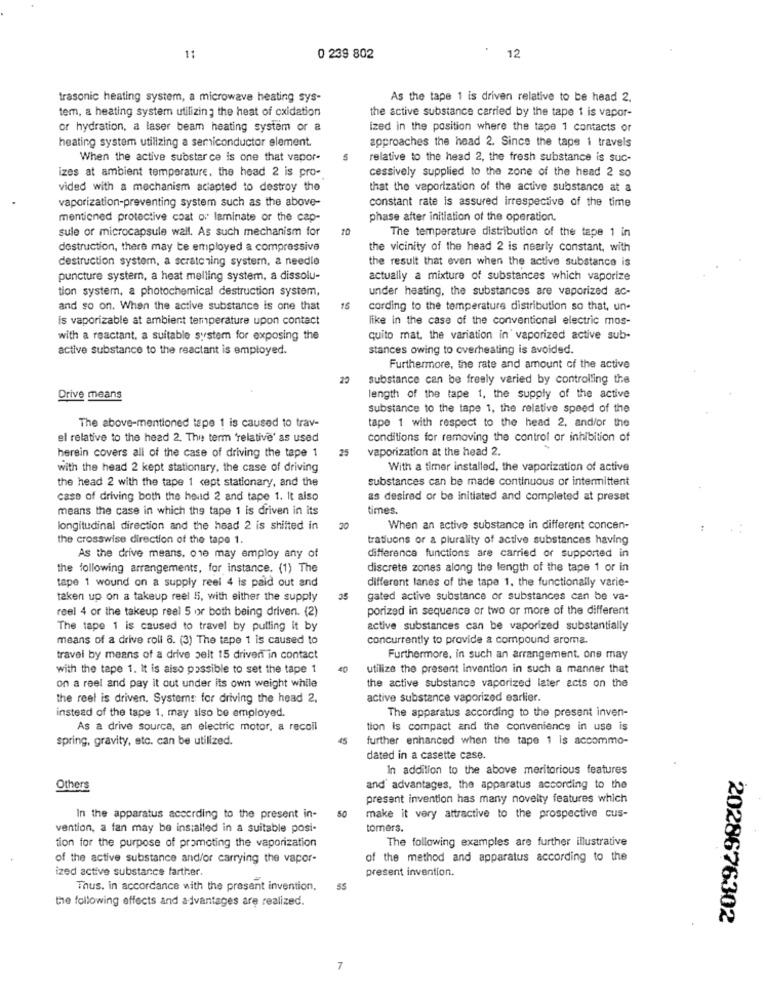
11
0 239 802
12
trasonic heating system, a microwave heating sys-
As the tape 1 is driven relative to be head 2.
tem, a heating system utilizing the heat of oxidation
the active substance carried by the tape 1 is vapor-
or hydration, a laser beam heating system or a
ized in the position where the tape 1 contacts or
heating system utilizing a semiconductor element.
approaches the head 2. Since the tape i travels
When the active substar ce is one that vapor-
5
relative to the head 2, the fresh substance is suc-
izes at ambient temperature, the head 2 is pro-
cessively supplied to the zone of the head 2 so
vided with a mechanism aciapted to destroy the
that the vaporization of the active substance at a
vaporization-preventing system such as the above-
constant rate is assured irrespective of the time
mentioned protective coat or laminate or the cap-
phase after initiation of the operation.
sule or microcapsule wall. As such mechanism for
The temperature distribution of the tape 1 in
destruction, there may be employed a compressive
the vicinity of the head 2 is nearly constant, with
destruction system, a scratching system, a needle
the result that even when the active substance is
puncture system, a heat melling system, a dissolu-
actually a mixture of substances which vaporize
tion system, a photochemical destruction system,
under heating, the substances are vaporized ac-
and so on. When the active substance is one that
15
cording to the temperature distribution so that, un-
is vaporizable at ambient temperature upon contact
like in the case of the conventional electric mos-
with a reactant. a suitable system for exposing the
quito mat. the variation in' vaporized active sub-
active substance to the reactant is employed.
stances owing to overheating is avoided.
Furthermore, the rate and amount of the active
substance can be freely varied by controlling the
Drive means
length of the tape 1, the supply of the active
substance to the tape 1, the relative speed of the
tape 1 with respect to the head 2, and/or the
The above-mentioned tape 1 is caused to trav-
el relative to the head 2. The term 'relative' as used
conditions for removing the control or inhibition of
25
vaporization at the head 2.
herein covers all of the case of driving the tape 1
with the head 2 kept stationary, the case of driving
With a timer installed, the vaporization of active
the head 2 with the tape 1 cept stationary, and the
substances can be made continuous or intermittent
case of driving both the head 2 and tape 1. It also
as desired or be initiated and completed at preset
means the case in which the tape 1 is driven in its
times.
longitudinal direction and the head 2 is shifted in
20
When an active substance in different concen-
the crosswise direction of the tape 1.
tratluons or a plurality of active substances having
As the drive means, one may employ any of
difference functions are carried or supported in
the following arrangements, for instance. (1) The
discrete zones along the length of the tape 1 or in
tape 1 wound on a supply reel 4 is paid out and
different lanes of the tape 1. the functionally varie-
taken up on a takeup reel 5, with either the supply
35
gated active substance or substances can be va-
reel 4 or the takeup reel 5 or both being driven. (2)
porized in sequence or two or more of the different
The tape 1 is caused to travel by pulling it by
active substances can be vaporized substantially
means of a drive roll 6. (3) The tape 1 is caused to
concurrently to provide a compound aroma.
travel by means of a drive pelt 15 driven in contact
Furthermore, in such an arrangement. one may
with the tape 1. It is also possible to set the tape 1
40
utilize the present invention in such a manner that
on a reel and pay it out under its own weight while
the active substance vaporized later acts on the
the reel is driven. Systems for driving the head 2.
active substance vaporized earlier.
instead of the tape 1. may also be employed.
The apparatus according to the present inven-
As a drive source, an electric motor, a recoil
tion is compact and the convenience in use is
spring, gravity, etc. can be utilized.
45
further enhanced when the tape 1 is accommo-
dated in a casette case.
In addition to the above meritorious features
Others
and' advantages, the apparatus according to the
present invention has many novelty features which
50
In the apparatus according to the present in-
make it very attractive to the prospective cus-
vention, a fan may be installed in a suitable posi-
tomers.
The following examples are further illustrative
tion for the purpose of promoting the vaporization
of the active substance and/or carrying the vapor-
of the method and apparatus according to the
ized active substance farther.
present invention.
Thus. in accordance with the present invention.
55
the following effects and advantages are realized.
2028676302
7